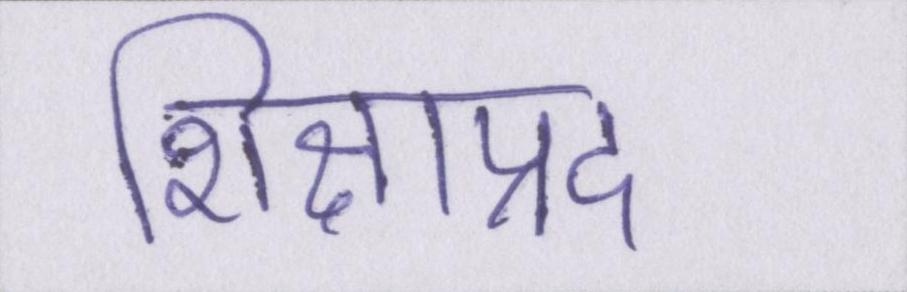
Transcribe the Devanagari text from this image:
शिक्षाप्रद